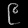
Digit: ၉